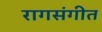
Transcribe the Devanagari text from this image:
रागसंगीत